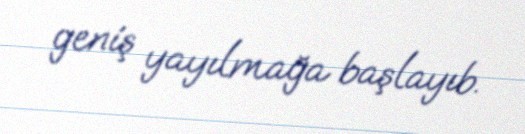
geniş yayılmağa başlayıb.